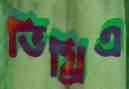
ভিথ্রিএ